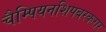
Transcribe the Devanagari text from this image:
चैम्पियनशिपबरकरार